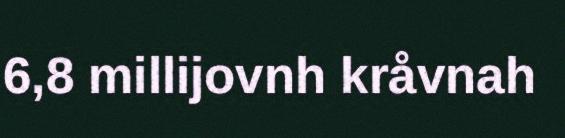
6,8 millijovnh kråvnah